Indian journal of veterinary science and animal husbandry - Volumes 24-25, 1954-1955
Year: 1954
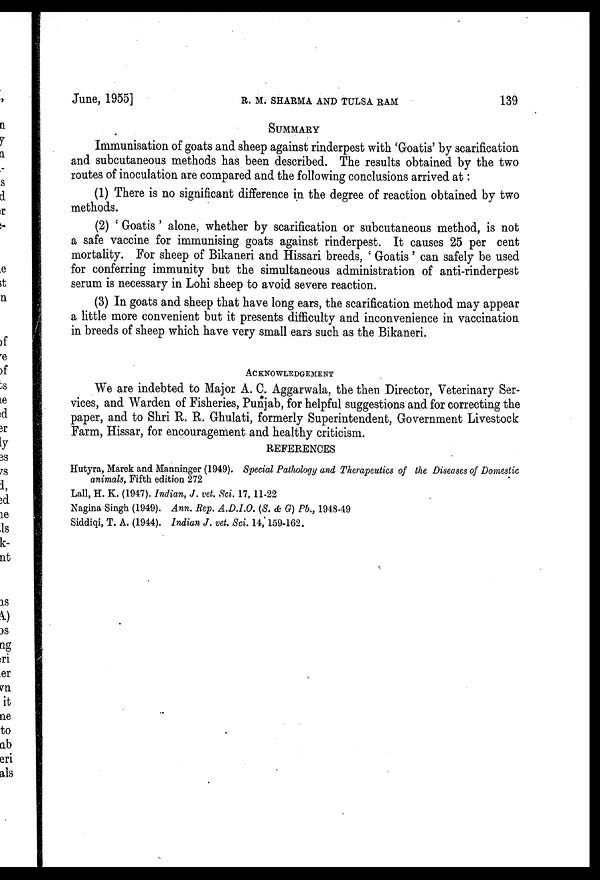
June, 1955]
R.
M.
SHARMA
AND
TULSA
RAM
139
SUMMARY
Immunisation of goats and sheep against rinderpest with 'Goatis' by scarification
and subcutaneous methods has been described. The results obtained by the two
routes of inoculation are compared and the following conclusions arrived at :
(1) There is no significant difference in the degree of reaction obtained by two
methods.
(2) ' Goatis ' alone, whether by scarification or subcutaneous method, is not
a safe vaccine for immunising goats against rinderpest. It causes 25 per cent
mortality. For sheep of Bikaneri and Hissari breeds, ' Goatis ' can safely be used
for conferring immunity but the simultaneous administration of anti-rinderpest
serum is necessary in Lohi sheep to avoid severe reaction.
(3) In goats and sheep that have long ears, the scarification method may appear
a little more convenient but it presents difficulty and inconvenience in vaccination
in breeds of sheep which have very small ears such as the Bikaneri.
ACKNOWLEDGEMENT
We are indebted to Major A. C. Aggarwala, the then Director, Veterinary Ser-
vices, and Warden of Fisheries, Punjab, for helpful suggestions and for correcting the
paper, and to Shri R. R. Ghulati, formerly Superintendent, Government Livestock
Farm, Hissar, for encouragement and healthy criticism.
REFERENCES
Hutyra, Marek and Manninger (1949). Special Pathology and Therapeutics of the Diseases of Domestic
animals, Fifth edition 272
Lall, H. K. (1947). Indian, J. vet. Sci. 17, 11-22
Nagina Singh (1949). Ann. Rep. A.D.I.O. (S. & G) Pb., 1948-49
Siddiqi, T. A. (1944). Indian J. vet. Sci. 14, 159-162.